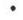
.